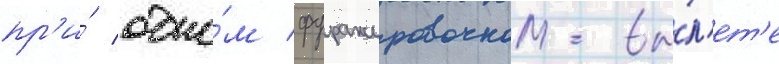
пр'и́ одно́м фуражировочном вы́л'ет'е